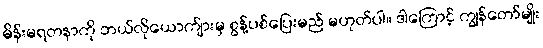
မိန်းမရတနာကို ဘယ်လိုယောက်ျားမှ စွန့်ပစ်ပြေးမည် မဟုတ်ပါ။ ဒါကြောင့် ကျွန်တော်မျိုး